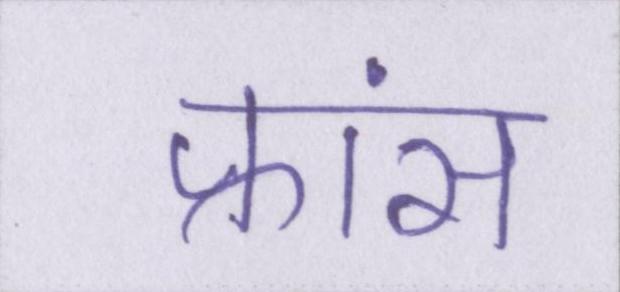
फ्रांस